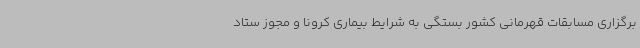
برگزاری مسابقات قهرمانی کشور بستگی به شرایط بیماری کرونا و مجوز ستاد